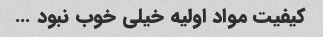
کیفیت مواد اولیه خیلی خوب نبود …